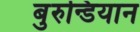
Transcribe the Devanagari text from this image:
बुरुन्डियान